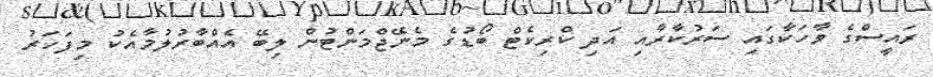
ރައީސްގެ ވާހަކާގައި ސަރުކާރާއި އަދި ކްރިކެޓް ބޯޑުގެ މެނޭޖްމަންޓުން ލިބޭ އެއްބާރުލުމާއެކު މިފަހަރު